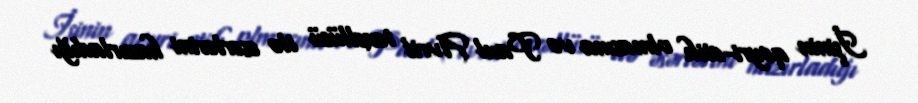
İşinin qeyri-etik olmasına və Paul Avril təxəllüsü ilə əsərlərini hazırladığı